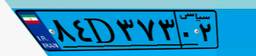
۷۰D۸۶۸۹۶